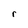
Character: r